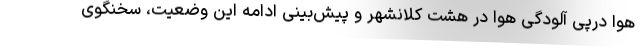
هوا درپی آلودگی هوا در هشت کلانشهر و پیش‌بینی ادامه این وضعیت، سخنگوی